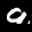
Label: 9